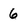
Character: 6